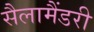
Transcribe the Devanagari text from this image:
सैलामैंडरी